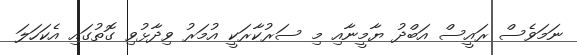
ނަމަވެސް ރައީސް އަބްދު ޔާމީނާއި މި ސަރުކާރަކީ އުމަރު ވިދާޅުވި ގޮތުގައި އެކަހަލަ